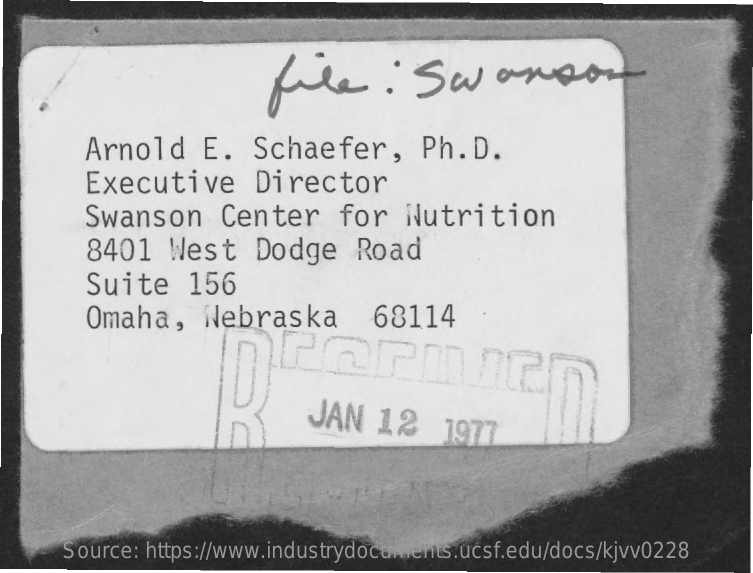
file    .  Sw    anson
     Arnold    E.   Schaefer,    Ph.D.
     Executive    Director
     Swanson    Center    for   Nutrition
     8401    West    Dodge    Road
     Suite    156
     Omaha,    Nebraska    68114
     C
     JAN   12    1977
     Source: https://www.industrydocuments.ucsf.edu/docs/kjvv0228